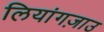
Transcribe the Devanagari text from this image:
लियांगज़ाउ